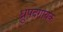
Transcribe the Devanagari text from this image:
ध्रुपदगायक